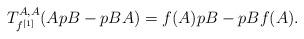
LaTeX: \begin{align*}T_{f^{[1]}}^{A,A}(ApB-pBA)=f(A)pB-pBf(A).\end{align*}